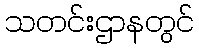
သတင်းဌာနတွင်